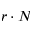
r \cdot N